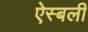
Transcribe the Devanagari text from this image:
ऐस्बली